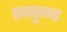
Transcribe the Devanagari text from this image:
तपकुण्ड